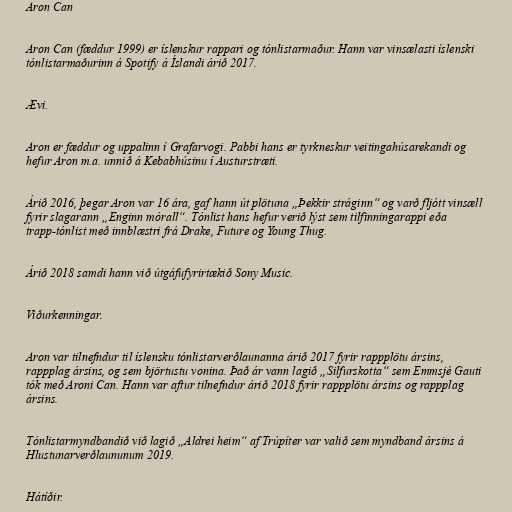
Aron Can

Aron Can (fæddur 1999) er íslenskur rappari og tónlistarmaður. Hann var vinsælasti íslenski
tónlistarmaðurinn á Spotify á Íslandi árið 2017.

Ævi.

Aron er fæddur og uppalinn í Grafarvogi. Pabbi hans er tyrkneskur veitingahúsarekandi og
hefur Aron m.a. unnið á Kebabhúsinu í Austurstræti.

Árið 2016, þegar Aron var 16 ára, gaf hann út plötuna „Þekkir stráginn“ og varð fljótt vinsæll
fyrir slagarann „Enginn mórall“. Tónlist hans hefur verið lýst sem tilfinningarappi eða
trapp-tónlist með innblæstri frá Drake, Future og Young Thug.

Árið 2018 samdi hann við útgáfufyrirtækið Sony Music.

Viðurkenningar.

Aron var tilnefndur til íslensku tónlistarverðlaunanna árið 2017 fyrir rappplötu ársins,
rappplag ársins, og sem björtustu vonina. Það ár vann lagið „Silfurskotta“ sem Emmsjé Gauti
tók með Aroni Can. Hann var aftur tilnefndur árið 2018 fyrir rappplötu ársins og rappplag
ársins.

Tónlistarmyndbandið við lagið „Aldrei heim“ af Trúpíter var valið sem myndband ársins á
Hlustunarverðlaununum 2019.

Hátíðir.